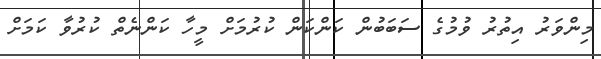
މިންވަރު އިތުރު ވުމުގެ ސަބަބުން ކަންކަން ކުރުމަށް މީހާ ކަންނެތް ކުރުވާ ކަމަށް